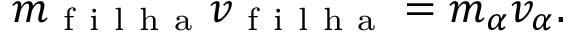
m _ { \mathrm { ~ f ~ i ~ l ~ h ~ a ~ } } v _ { \mathrm { ~ f ~ i ~ l ~ h ~ a ~ } } = m _ { \alpha } v _ { \alpha } .